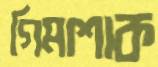
গিমাশাক